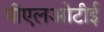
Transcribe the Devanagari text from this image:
पीएलओटीई